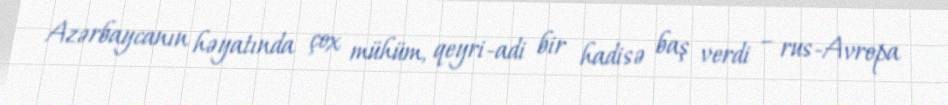
Azərbaycanın həyatında çox mühüm, qeyri-adi bir hadisə baş verdi – rus-Avropa